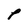
Character: 1